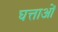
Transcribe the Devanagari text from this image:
घत्ताओं